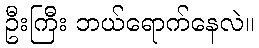
ဦးကြီး ဘယ်ရောက်နေလဲ။